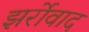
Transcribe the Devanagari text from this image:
झर्रोवाद